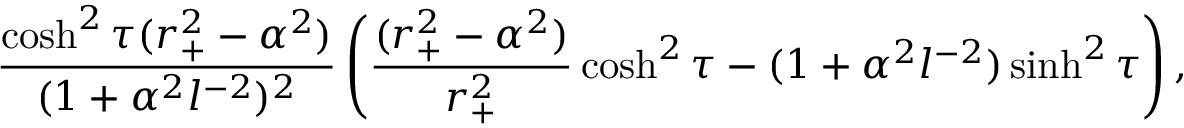
{ \frac { \cosh ^ { 2 } \tau ( r _ { + } ^ { 2 } - \alpha ^ { 2 } ) } { ( 1 + \alpha ^ { 2 } l ^ { - 2 } ) ^ { 2 } } } \left( { \frac { ( r _ { + } ^ { 2 } - \alpha ^ { 2 } ) } { r _ { + } ^ { 2 } } } \cosh ^ { 2 } \tau - ( 1 + \alpha ^ { 2 } l ^ { - 2 } ) \sinh ^ { 2 } \tau \right) ,